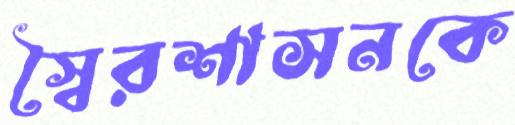
স্বৈরশাসনকে